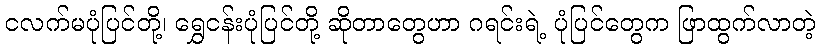
ငလက်မပုံပြင်တို့၊ ရွှေငန်းပုံပြင်တို့ ဆိုတာတွေဟာ ဂရင်းရဲ့ ပုံပြင်တွေက ဖြာထွက်လာတဲ့